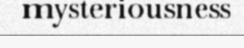
mysteriousness